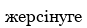
жерсінуге